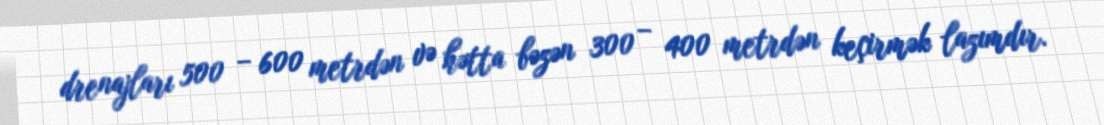
drenajları 500 – 600 metrdən və hətta bəzən 300 – 400 metrdən keçirmək lazımdır.